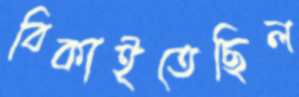
বিকাইতেছিল